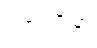
ဒါတုကာမာ